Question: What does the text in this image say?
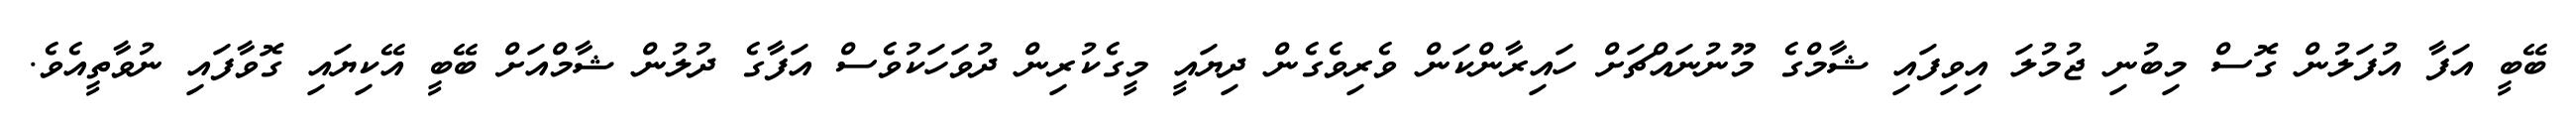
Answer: ބޭބީ އަފާ އުފަލުން ގޮސް މިބުނި ޖުމުލަ އިވިފައި ޝާމްގެ މޫނުނައްޗަށް ހައިރާންކަން ވެރިވެގެން ދިޔައީ މީގެކުރިން ދުވަހަކުވެސް އަފާގެ ދުލުން ޝާމްއަށް ބޭބީ އޭކިޔައި ގޮވާފައި ނުވާތީއެވެ.